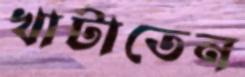
খাটাতেন